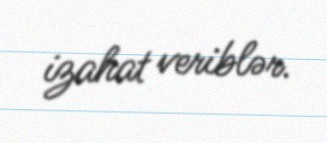
izahat veriblər.